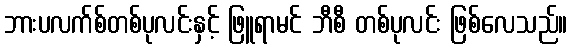
ဘားပလက်စ်တစ်ပုလင်းနှင့် ဖြူရာမင် ဘီစီ တစ်ပုလင်း ဖြစ်လေသည်။